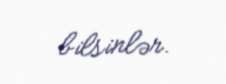
bilsinlər.